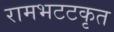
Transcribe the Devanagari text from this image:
रामभटटकृत